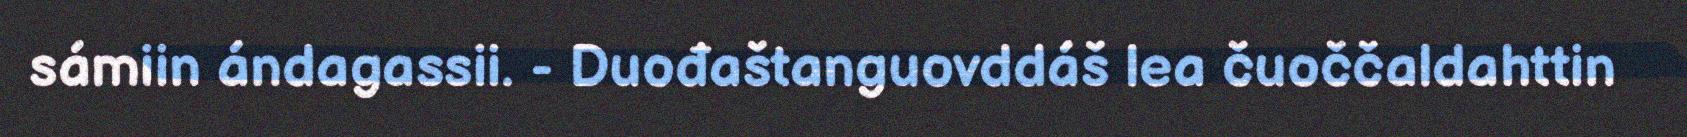
sámiin ándagassii. - Duođaštanguovddáš lea čuoččaldahttin